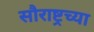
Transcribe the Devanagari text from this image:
सौराष्ट्रच्या